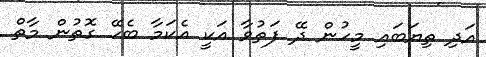
އަދި ތިޔަބައި މީހުން ދޭ ފަތުވާ އަކީ އެކަމާ ބެހޭ ގޮތުން މާތް